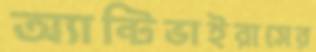
অ্যান্টিভাইরাসের